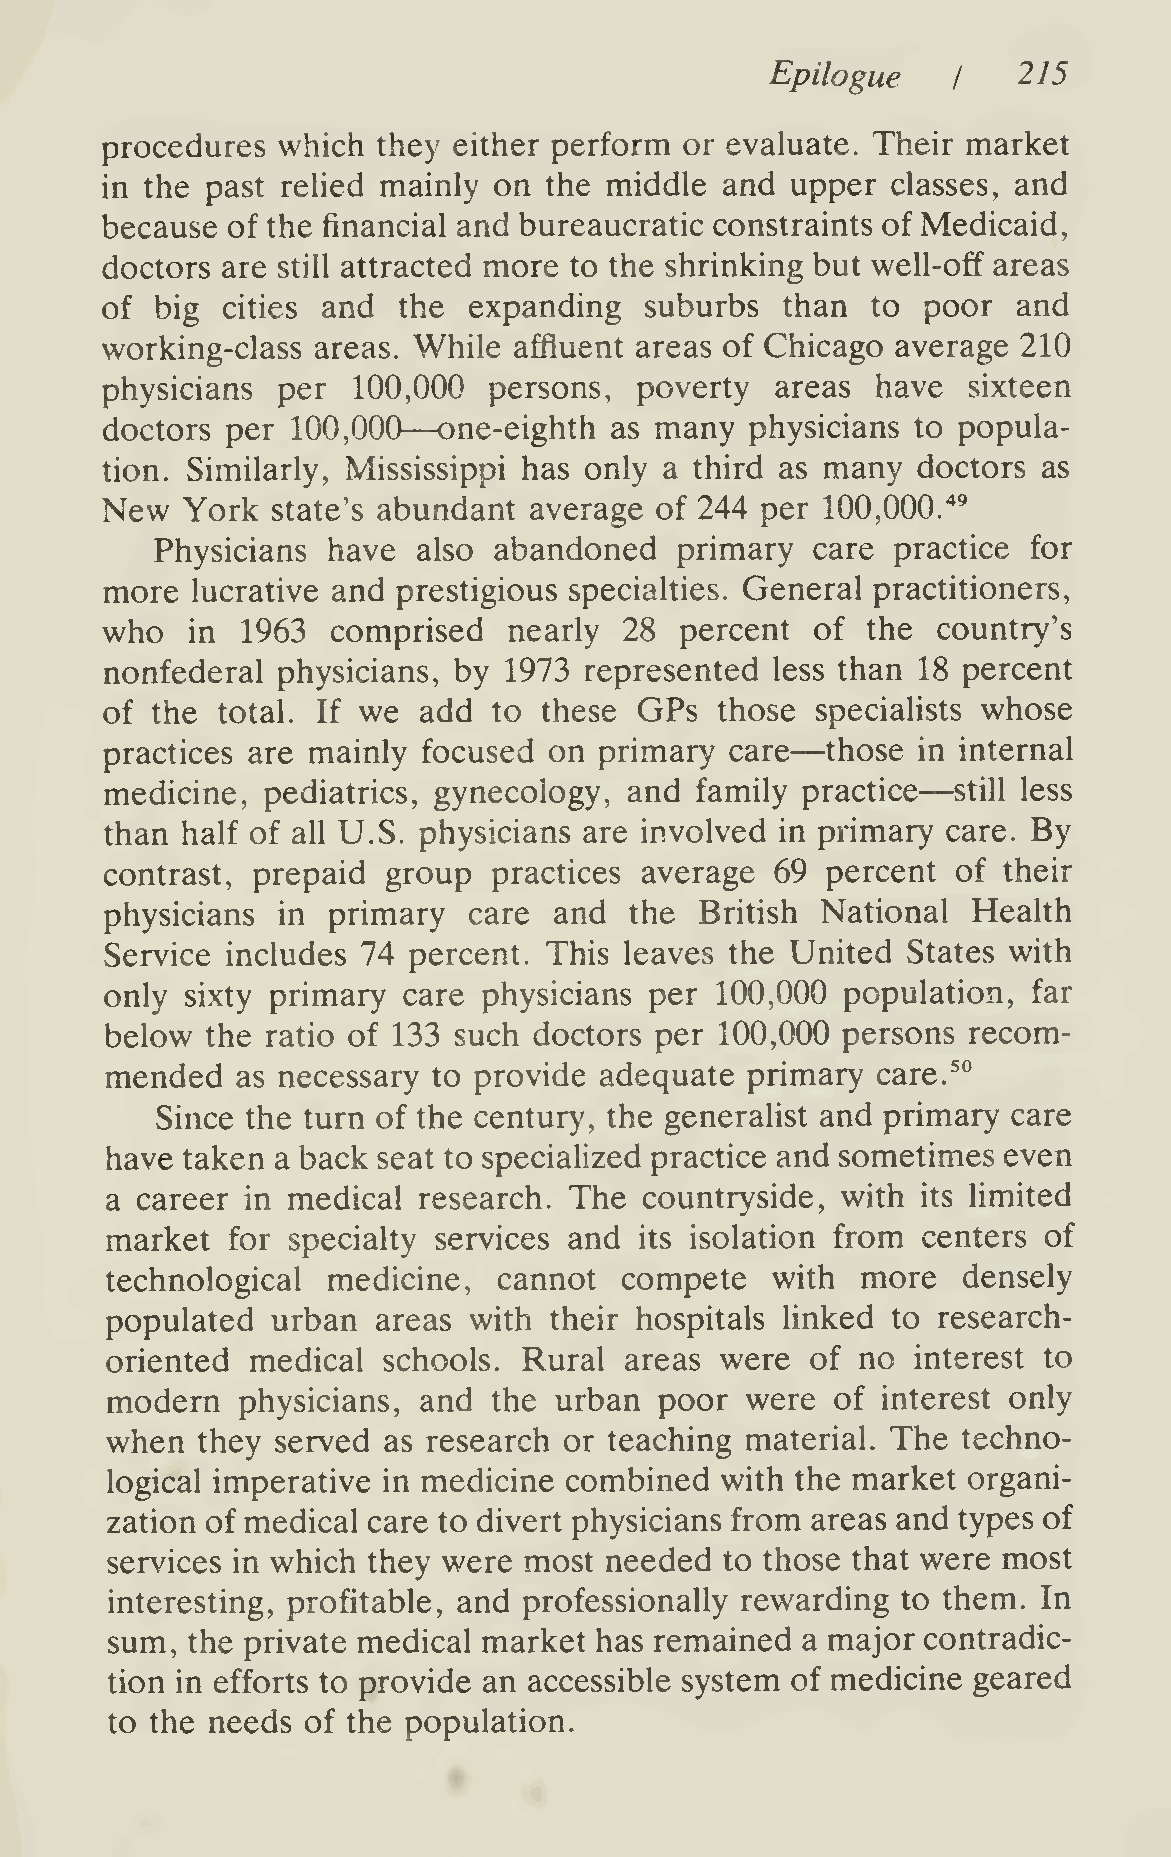
Epilogue        215
 I
 procedures which  they either perform or evaluate. Their market
 in the past rehed mainly  on the middle  and upper  classes, and
 because of the financial and bureaucratic constraints of Medicaid,
 doctors are still attracted more to the shrinking but well-off areas
 of big  cities and the  expanding   suburbs  than  to poor  and
 working-class areas. While affluent areas of Chicago average 210
 physicians per  100,000  persons,  poverty  areas  have  sixteen
 —
 doctors per 100,000   one-eighth as many   physicians to popula-
 tion. Similarly, Mississippi has only a third as many doctors as
 New  York  state's abundant average of 244 per  100,000."^^
 Physicians  have  also abandoned   primary  care practice for
 more  lucrative and prestigious specialties. General practitioners,
 who   in 1963  comprised   nearly 28  percent  of the  country's
 nonfederal physicians, by 1973  represented less than 18 percent
 of the total. If we  add  to these GPs   those specialists whose
 —
 practices are mainly focused on  primary care   those in internal
 —
 medicine, pediatrics, gynecology,  and family practice  still less
 than half of all U.S. physicians are involved in primary care. By
 contrast, prepaid  group  practices average 69  percent of their
 physicians in  primary  care  and  the British National  Health
 Service includes 74 percent. This leaves the United  States with
 only sixty primary  care physicians per 100,000  population, far
 below  the ratio of 133 such doctors per 100,000 persons recom-
 mended   as necessary to provide adequate primary  care.^°
 Since the turn of the century, the generalist and primary care
 have taken a back seat to specialized practice and sometimes even
 a career in medical  research. The  countryside, with its limited
 market  for specialty services and its isolation from centers of
 technological  medicine,  cannot  compete   with  more   densely
 populated  urban  areas with their hospitals linked to research-
 oriented  medical schools.  Rural areas  were  of no  interest to
 modern   physicians, and  the urban  poor were  of interest only
 when  they served as research or teaching material. The  techno-
 logical imperative in medicine combined  with the market organi-
 zation of medical care to divert physicians from areas and types of
 services in which they were most needed  to those that were most
 interesting, profitable, and professionally rewarding to them. In
 sum, the private medical market has remained  a major contradic-
 tion in efforts to provide an accessible system of medicine geared
 to the needs of the population.